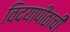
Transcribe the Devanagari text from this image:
विदयापीठाची